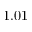
1 . 0 1